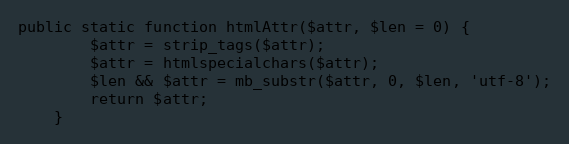
Language: PHP
public static function htmlAttr($attr, $len = 0) {
		$attr = strip_tags($attr);
		$attr = htmlspecialchars($attr);
		$len && $attr = mb_substr($attr, 0, $len, 'utf-8');
		return $attr;
	}